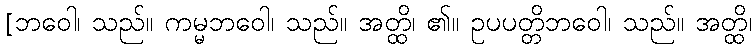
[ဘဝေါ၊ သည်။ ကမ္မဘဝေါ၊ သည်။ အတ္ထိ၊ ၏။ ဥပပတ္တိဘဝေါ၊ သည်။ အတ္ထိ၊